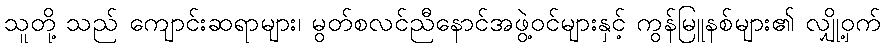
သူတို့ သည် ကျောင်းဆရာများ၊ မွတ်စလင်ညီနောင်အဖွဲ့ဝင်များနှင့် ကွန်မြူနစ်များ၏ လျှို့ဝှက်